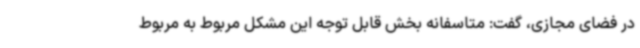
در فضای مجازی، گفت: متاسفانه بخش قابل توجه این مشکل مربوط به مربوط